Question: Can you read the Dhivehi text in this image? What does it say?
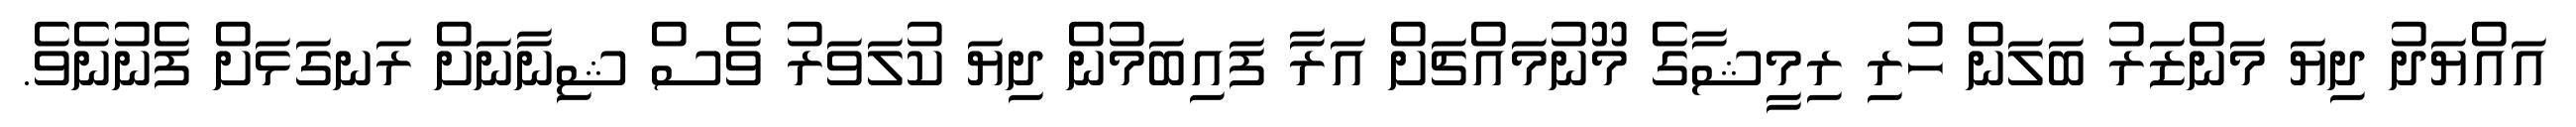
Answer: އައްޔަދު ދިޔަ މަންޒަރު ބަލަން ހުރި ރިމީޝާގެ މޫނުމައްޗަށް އަރާ ފައިބަމުން ދިޔަ ކުލަވަރު ވެސް ޝިނާނަށް ރަނގަޅަށް ފެނުނެވެ.